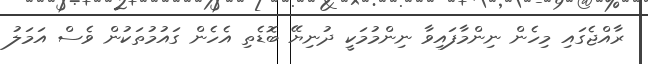
ރާއްޖެގައި މިހެން ނިންމާފައިވާ ނިންމުމަކީ ދުނިޔޭ ބޮޑެތި އެހެން ގައުމުތަކުން ވެސް އަމަލު